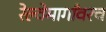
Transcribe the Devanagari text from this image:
रेल्वेमार्गांवरच